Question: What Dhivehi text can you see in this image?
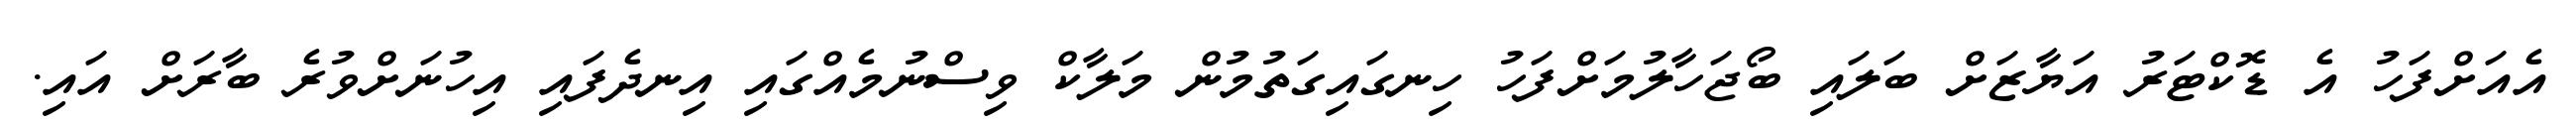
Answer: އެއަށްފަހު އެ ޑޮކްޓަރު އަޔާޒަށް ބަލައި ބޯޖަހާލުމަށްފަހު ހިނގައިގަތުމުން މަލާކް ވިސްނުމެއްގައި އިނދެފައި އިހުނަށްވުރެ ބާރަށް އައި.